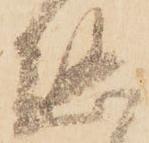
懸